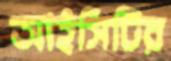
আইসিটির